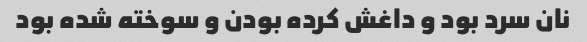
نان سرد بود و داغش کرده بودن و سوخته شده بود